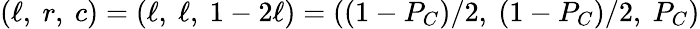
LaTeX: (\ell,~r,~c)=(\ell,~\ell,~1-2\ell)=((1-P_{C})/2,~(1-P_{C})/2,~P_{C})